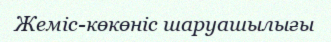
Жеміс-көкөніс шаруашылығы